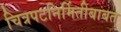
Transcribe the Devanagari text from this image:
चित्रपटनिर्मितीबाबत